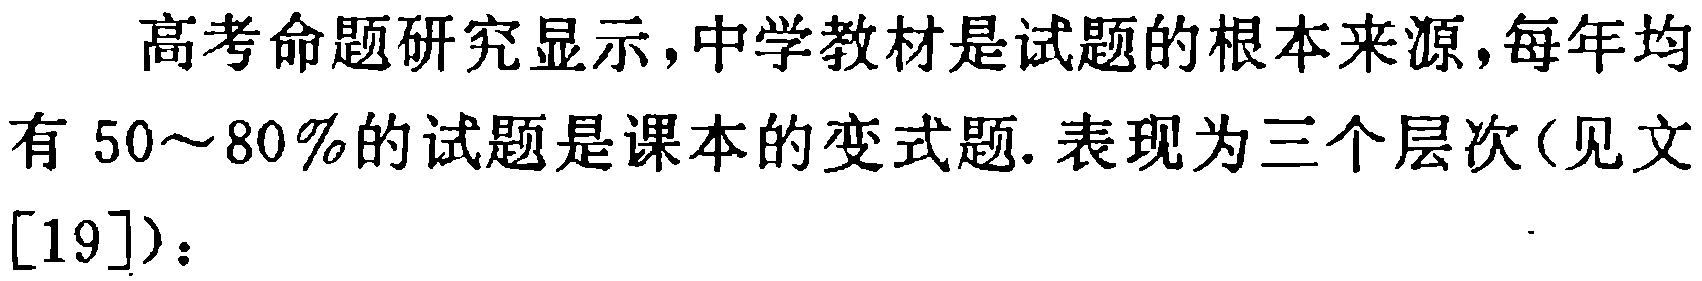
高考命题研究显示，中学教材是试题的根本来源，每年均有 \(50\sim80\%\)的试题是课本的变式题. 表现为三个层次（见文[19]）：